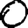
Digit: 0